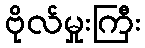
ဗိုလ်မှုးကြီး